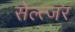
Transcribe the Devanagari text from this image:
सेल्त्जर